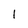
Character: 1